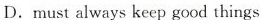
D.must always keep good things